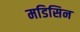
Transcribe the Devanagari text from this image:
मडिसिन